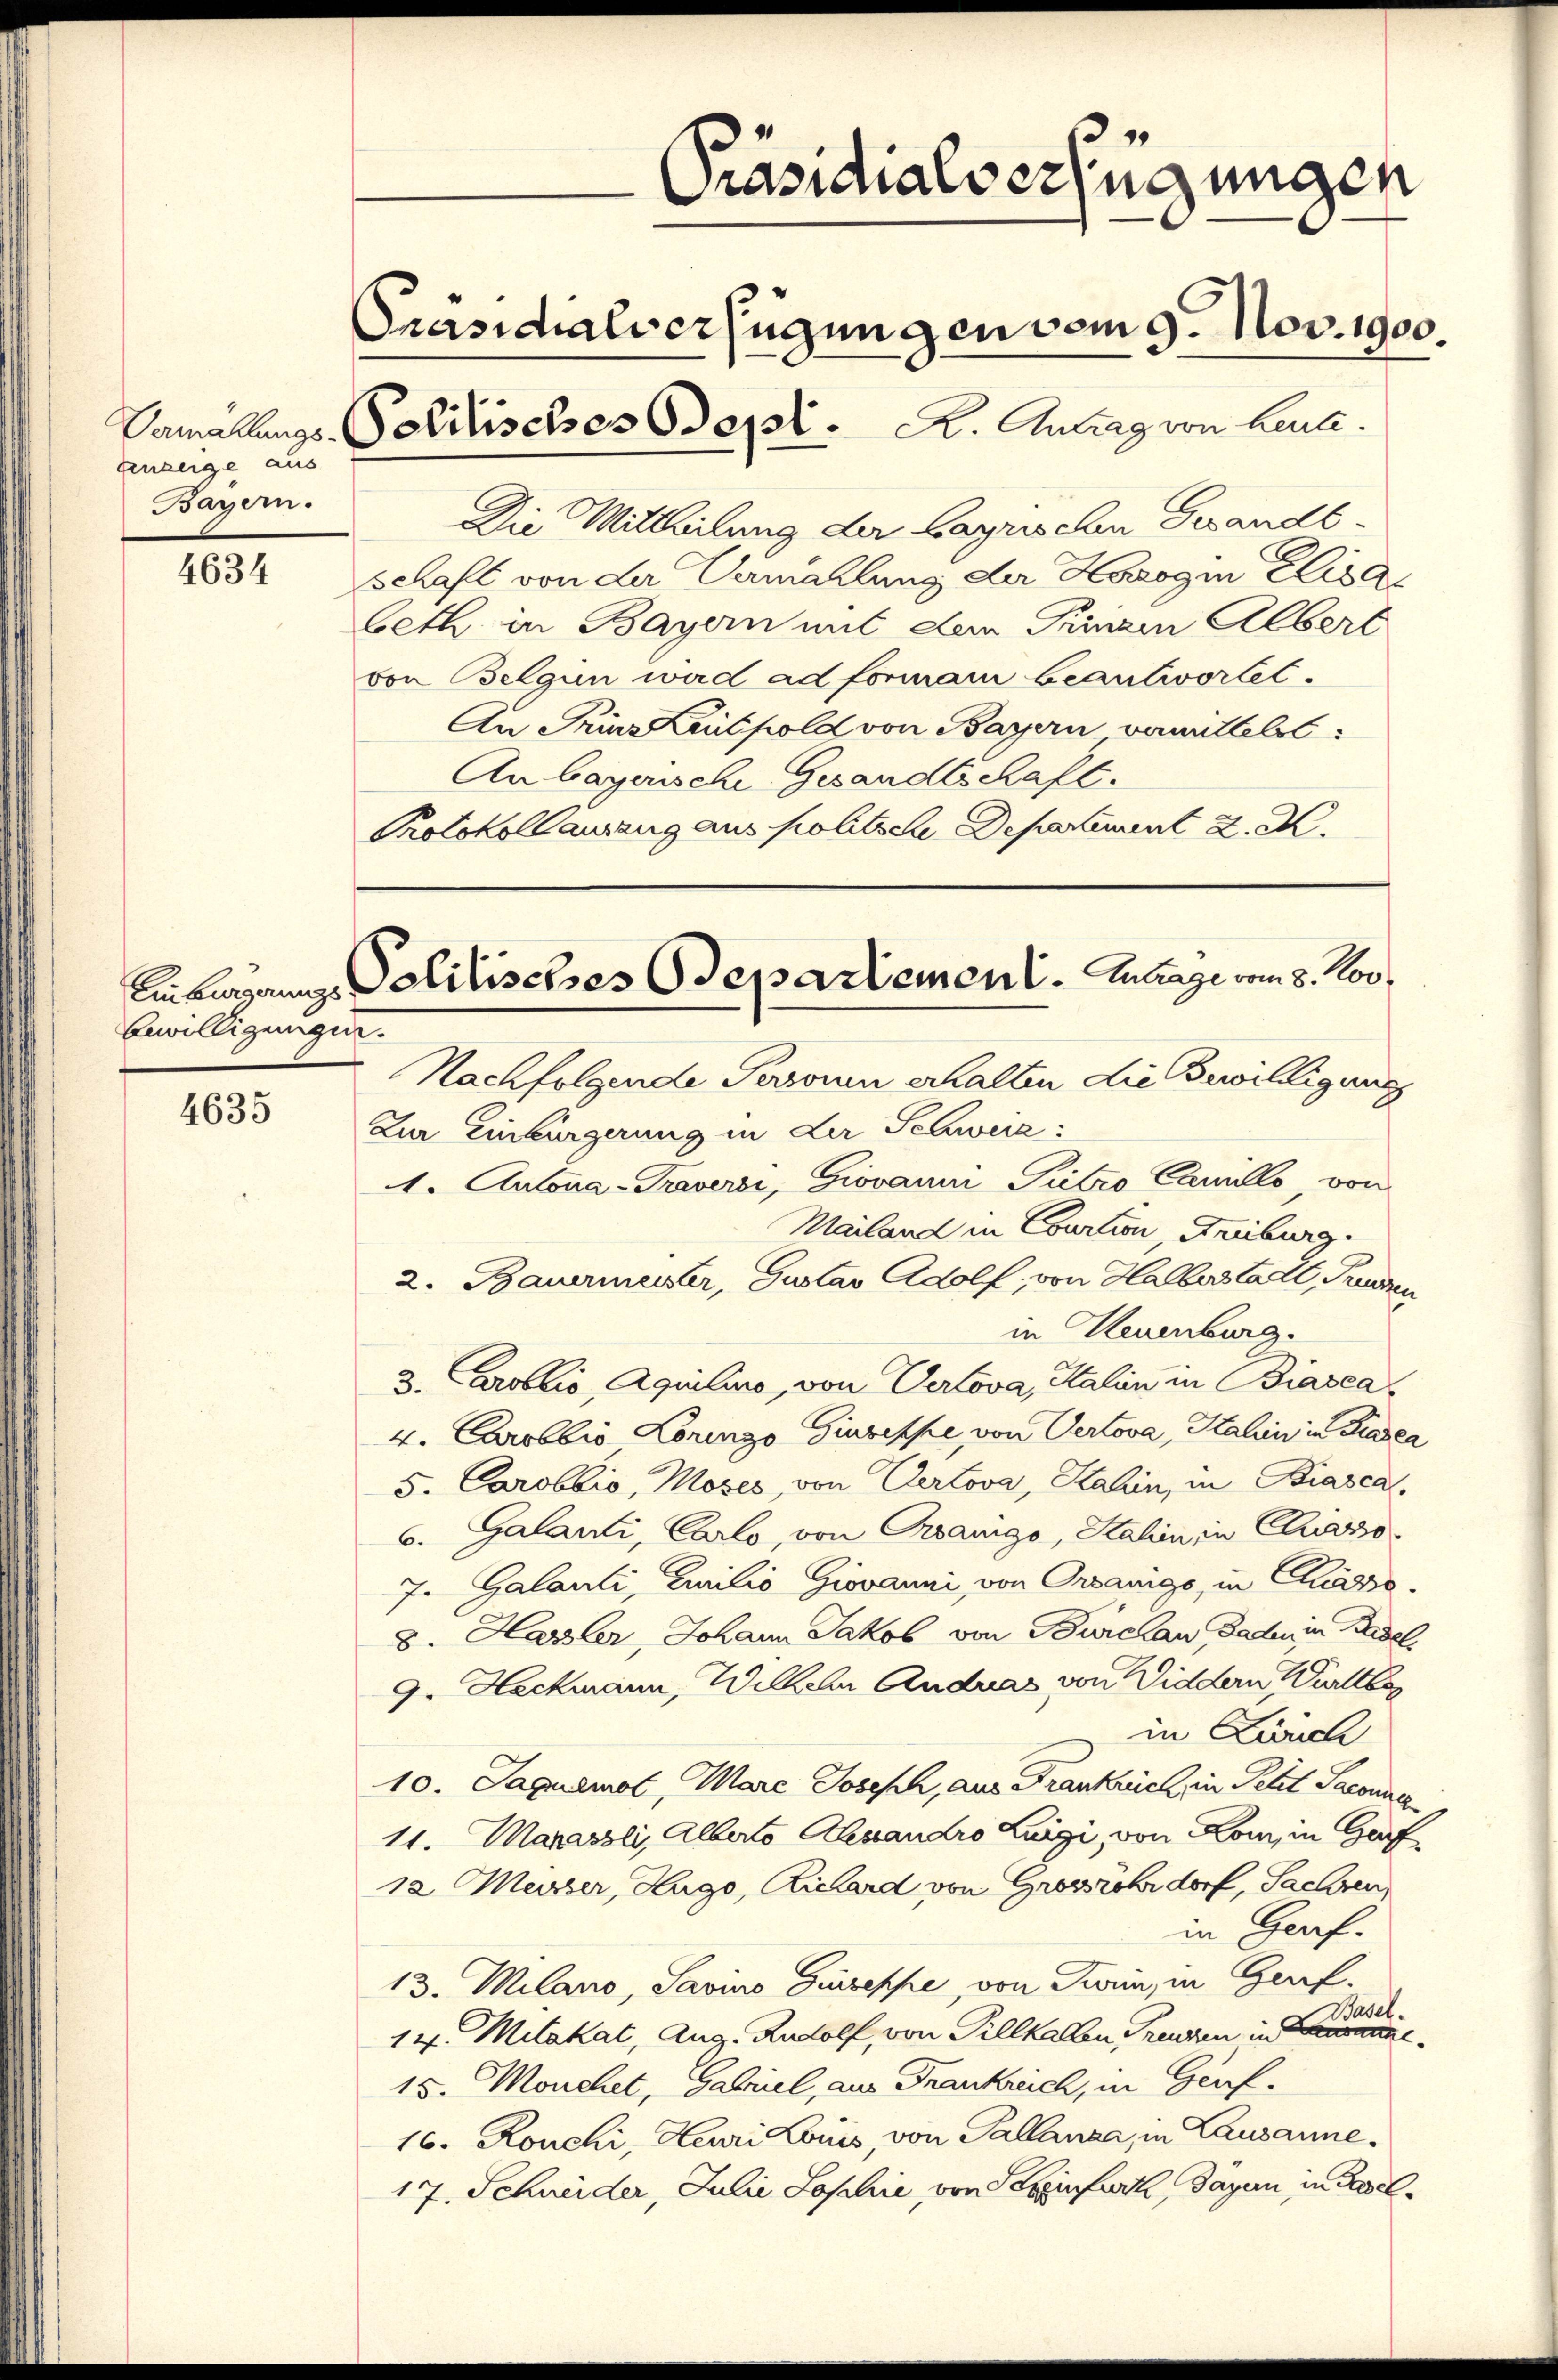
anzeige aus
Bayern.

4634

bewilligungen.

4635

Protokollausang aus politsche Departement z. K.

Präsidialverfügungen
Präsidialverfügungen vom 9. Nov. 1900.
Vamallungs-Politisches Sept. B. Antrag von Leute.

An begann Politisches Departement. Antrage vom 8. Nov.

Die Mittheilung der bayrischen Gesandt¬
Schaft von der Vermählung der Harogin Elisa
beth in Bayern mit dem Prinzin Albert
von Belgun wird ad formani beantwortet.
An Prinz Kalpold von Bayern vermittelst
Anbayerische Gesandtschaft.
Nachfolgende Paronen erhalten die Bewilligung
Zur Einbürgerung in der Schweiz:
1. Autona-Traversi, Giovanni Pietro Camillo, von
Mailand in Courtion, Freiburg.
2. Bauermeister, Gustav Adolf, von Halberstadt, Freuden
in Neuenburg.
3. Carolio, Aquilino, von Verlova, Salin in Biasca
4. Carobbio Lorenzo Giuseppe von Vertova, Kahin in Findea
5. Carobbio, Moses, von Certova, Kahin, in Biasca,
6. Galanti, Carlo, von Granigo, Kahin, in Class
7. Galanti Zurilio Giovanni, von Organigs, in Classe
8. Harzler, Johann Jakob von Burchau Faden in Tadel
9. Heckmann, Willer Andrats von Widdern Verleg
in Zich
10. Jaquemot, Mare Joseph, aus Frankrich, in Petit Saconna
11. Marasli, Alberto Alexandro Luigi, von Loi, in Gef
12 Masser, Hugo, Richard von Großrohr dorf, Sachen,
in Graf.
13. Milano, Savino Giuseppe, von Twain, in Geref.
Basel.
14. Milakat, Aug. Rudolf, von Tillkallen Freuden in Lausanne
15. Manchet, Gabriel, aus Frankreich, in Graf.
16. Ronchi, Heuri Louis, von Pallanza, in Lausanne.
17. Schweider, Julii Sophie von Seinfurt dagen in Basel¬